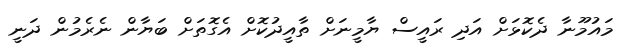
މައުމޫނާ ދެކޮޅަށް އަދި ރައީސް ޔާމީނަށް ތާއީދުކޮށް އެގޮތަށް ބަޔާން ނެރެމުން ދަނީ